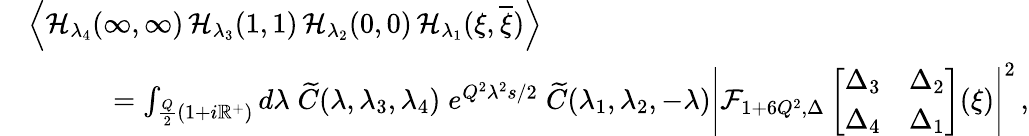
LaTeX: \begin{array}{rl}&{\left\langle\mathcal{H}_{\lambda_{4}}(\infty,\infty)\, \mathcal{H}_{\lambda_{3}}(1,1)\, \mathcal{H}_{\lambda_{2}}(0,0)\, \mathcal{H}_{\lambda_{1}}(\xi,\overline{{\xi}})\right\rangle}\\ &{\quad\quad\quad=\int_{{\frac{Q}{2}}(1+i\mathbb{R}^{+})}{d\lambda}\; \widetilde{C}(\lambda,\lambda_{3},\lambda_{4})\; e^{Q^{2}\lambda^{2}s/2}\; \widetilde{C}(\lambda_{1},\lambda_{2},-\lambda)\left|\mathcal{F}_{1+6Q^{2},\Delta}\left[\begin{array}{ll}{\Delta_{3}}&{\Delta_{2}}\\ {\Delta_{4}}&{\Delta_{1}}\end{array}\right](\xi)\right|^{2}\, ,}\end{array}